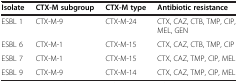
<table><thead><tr><td><b>Isolate</b></td><td><b>CTX-M subgroup</b></td><td><b>CTX-M type</b></td><td><b>Antibiotic resistance</b></td></tr></thead><tbody><tr><td>ESBL 1</td><td>CTX-M-9</td><td>CTX-M-24</td><td>CTX, CAZ, CTB, TMP, CIP, MEL, GEN</td></tr><tr><td>ESBL 6</td><td>CTX-M-1</td><td>CTX-M-15</td><td>CTX, CAZ, CTB, TMP, CIP</td></tr><tr><td>ESBL 7</td><td>CTX-M-1</td><td>CTX-M-15</td><td>CTX, CAZ, TMP, CIP, MEL</td></tr><tr><td>ESBL 9</td><td>CTX-M-9</td><td>CTX-M-14</td><td>CTX, CAZ, TMP, CIP, MEL</td></tr></tbody></table>